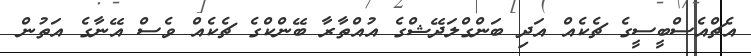
އެޗްއެސްބީސީގެ ޗެކެއް އަދި ބަންގްލަދޭޝްގެ އުއްތާރާ ބޭންކްގެ ޗެކެއް ވެސް އޭނާގެ އަތުން